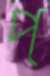
প্